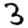
Digit: 3